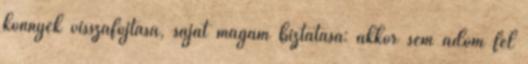
könnyek visszafojtása, saját magam biztatása: akkor sem adom fel